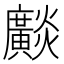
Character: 𤒼